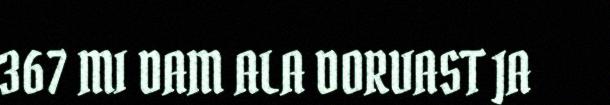
367 MI DAM ALA DORVAST JA